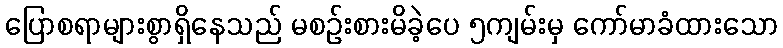
ပြောစရာများစွာရှိနေသည် မစဉ်းစားမိခဲ့ပေ ၅ကျမ်းမှ ကော်မာခံထားသော